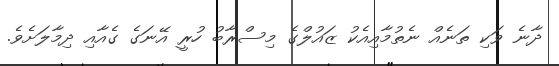
ދާނެ ވަކި ތަނެއް ނެތުމާއިއެކު ޒައުލްގެ މިސްރާބު ހުރީ އޭނަގެ ގެއާއި ދިމާލަށެވެ.